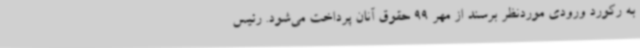
به رکورد ورودی موردنظر برسند از مهر 99 حقوق آنان پرداخت می‌شود. رئیس